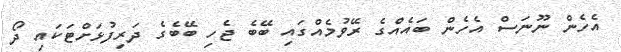
އެހެން ނޫނަސް އެހެން ބައެއްގެ ރޭވުމެއްގައި ބޭބެ ޖެހި ބޭބެގެ ދަރިފުޅަށްޓަކައި ދޯ